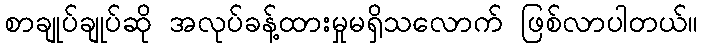
စာချုပ်ချုပ်ဆို အလုပ်ခန့်ထားမှုမရှိသလောက် ဖြစ်လာပါတယ်။